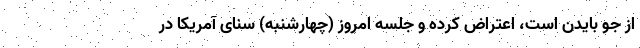
از جو بایدن است، اعتراض کرده و جلسه امروز (چهارشنبه) سنای آمریکا در